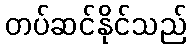
တပ်ဆင်နိုင်သည်